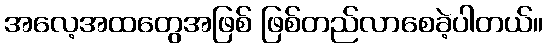
အလေ့အထတွေအဖြစ် ဖြစ်တည်လာစေခဲ့ပါတယ်။